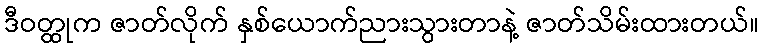
ဒီဝတ္ထုက ဇာတ်လိုက် နှစ်ယောက်ညားသွားတာနဲ့ ဇာတ်သိမ်းထားတယ်။